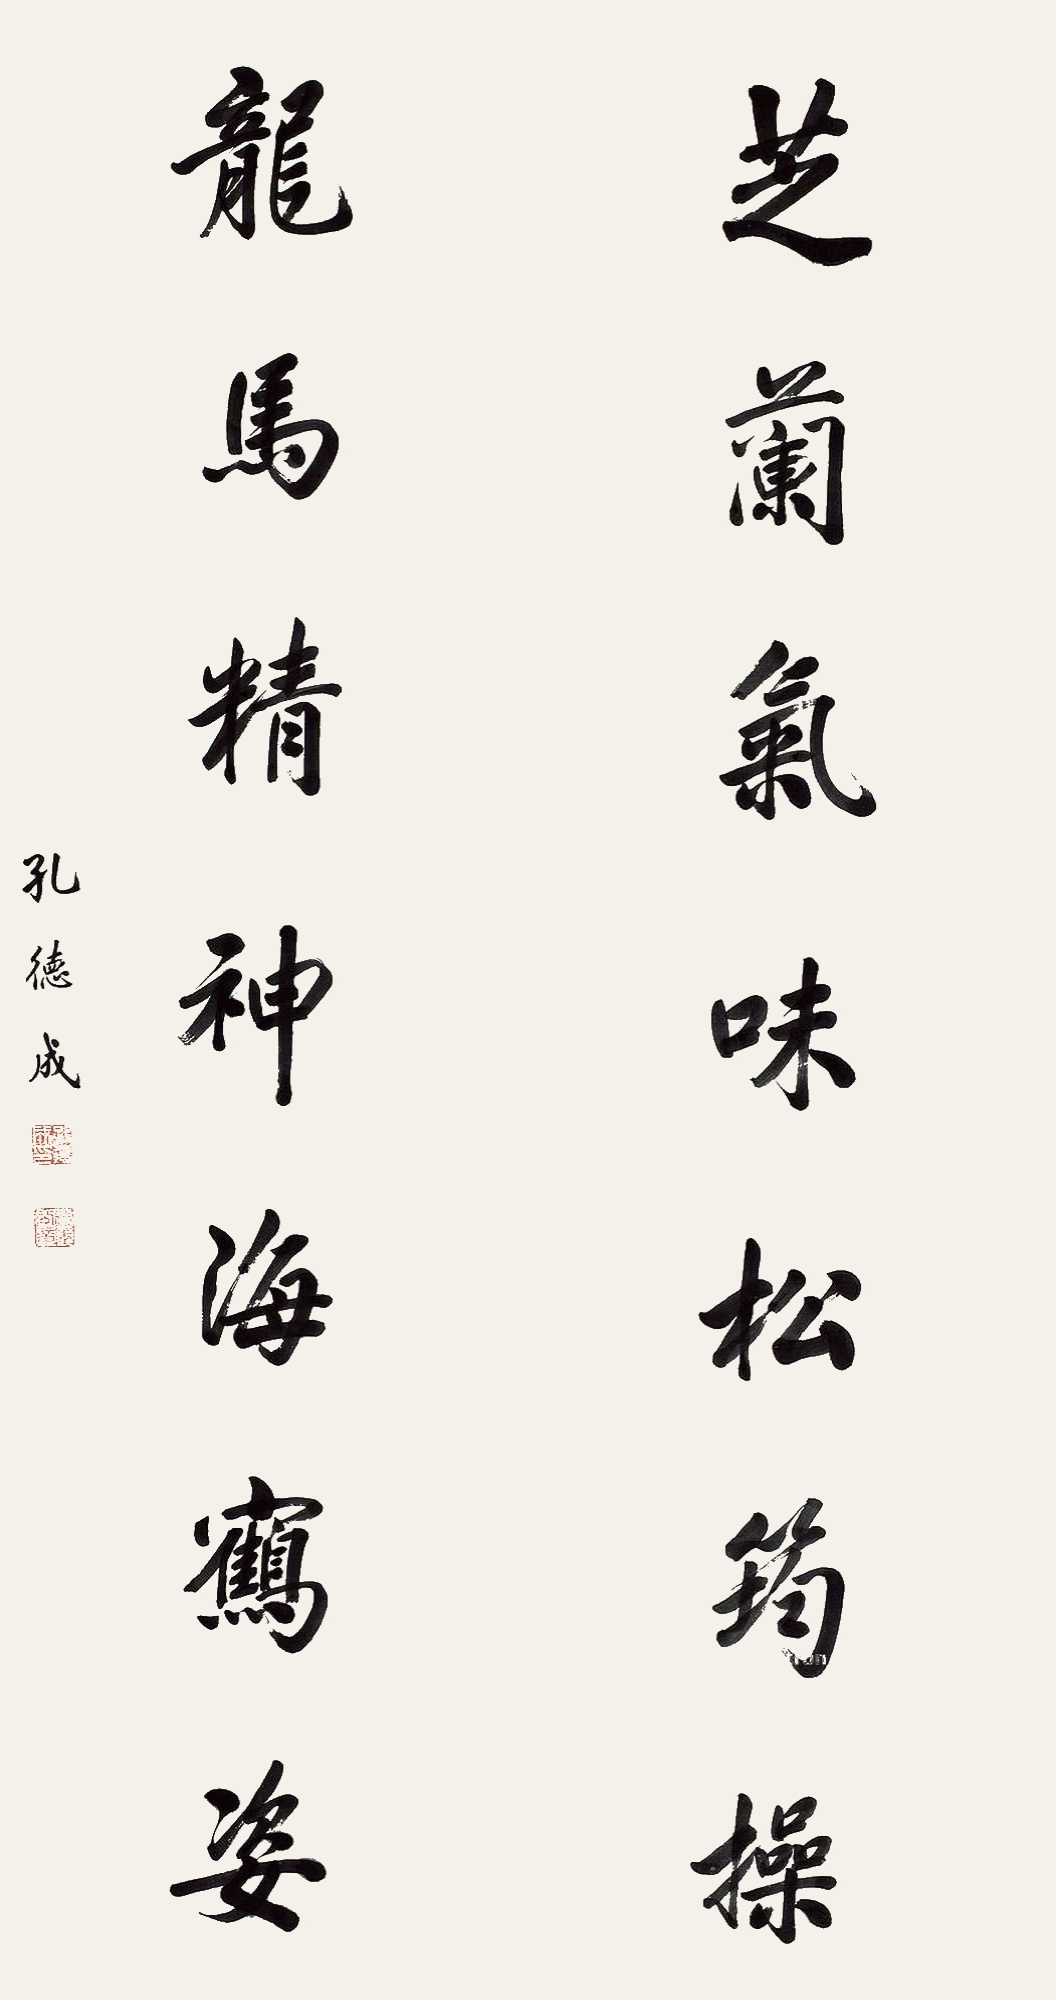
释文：芝兰气味松筠操，龙马精神海鹤姿。孔德成。